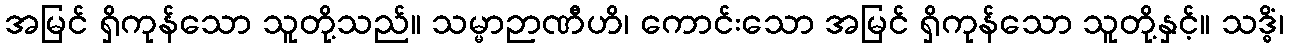
အမြင် ရှိကုန်သော သူတို့သည်။ သမ္မာဉာဏီဟိ၊ ကောင်းသော အမြင် ရှိကုန်သော သူတို့နှင့်။ သဒ္ဓိံ၊